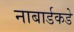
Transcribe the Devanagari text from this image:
नाबार्डकडे